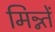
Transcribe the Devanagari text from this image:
मिन्न्तें